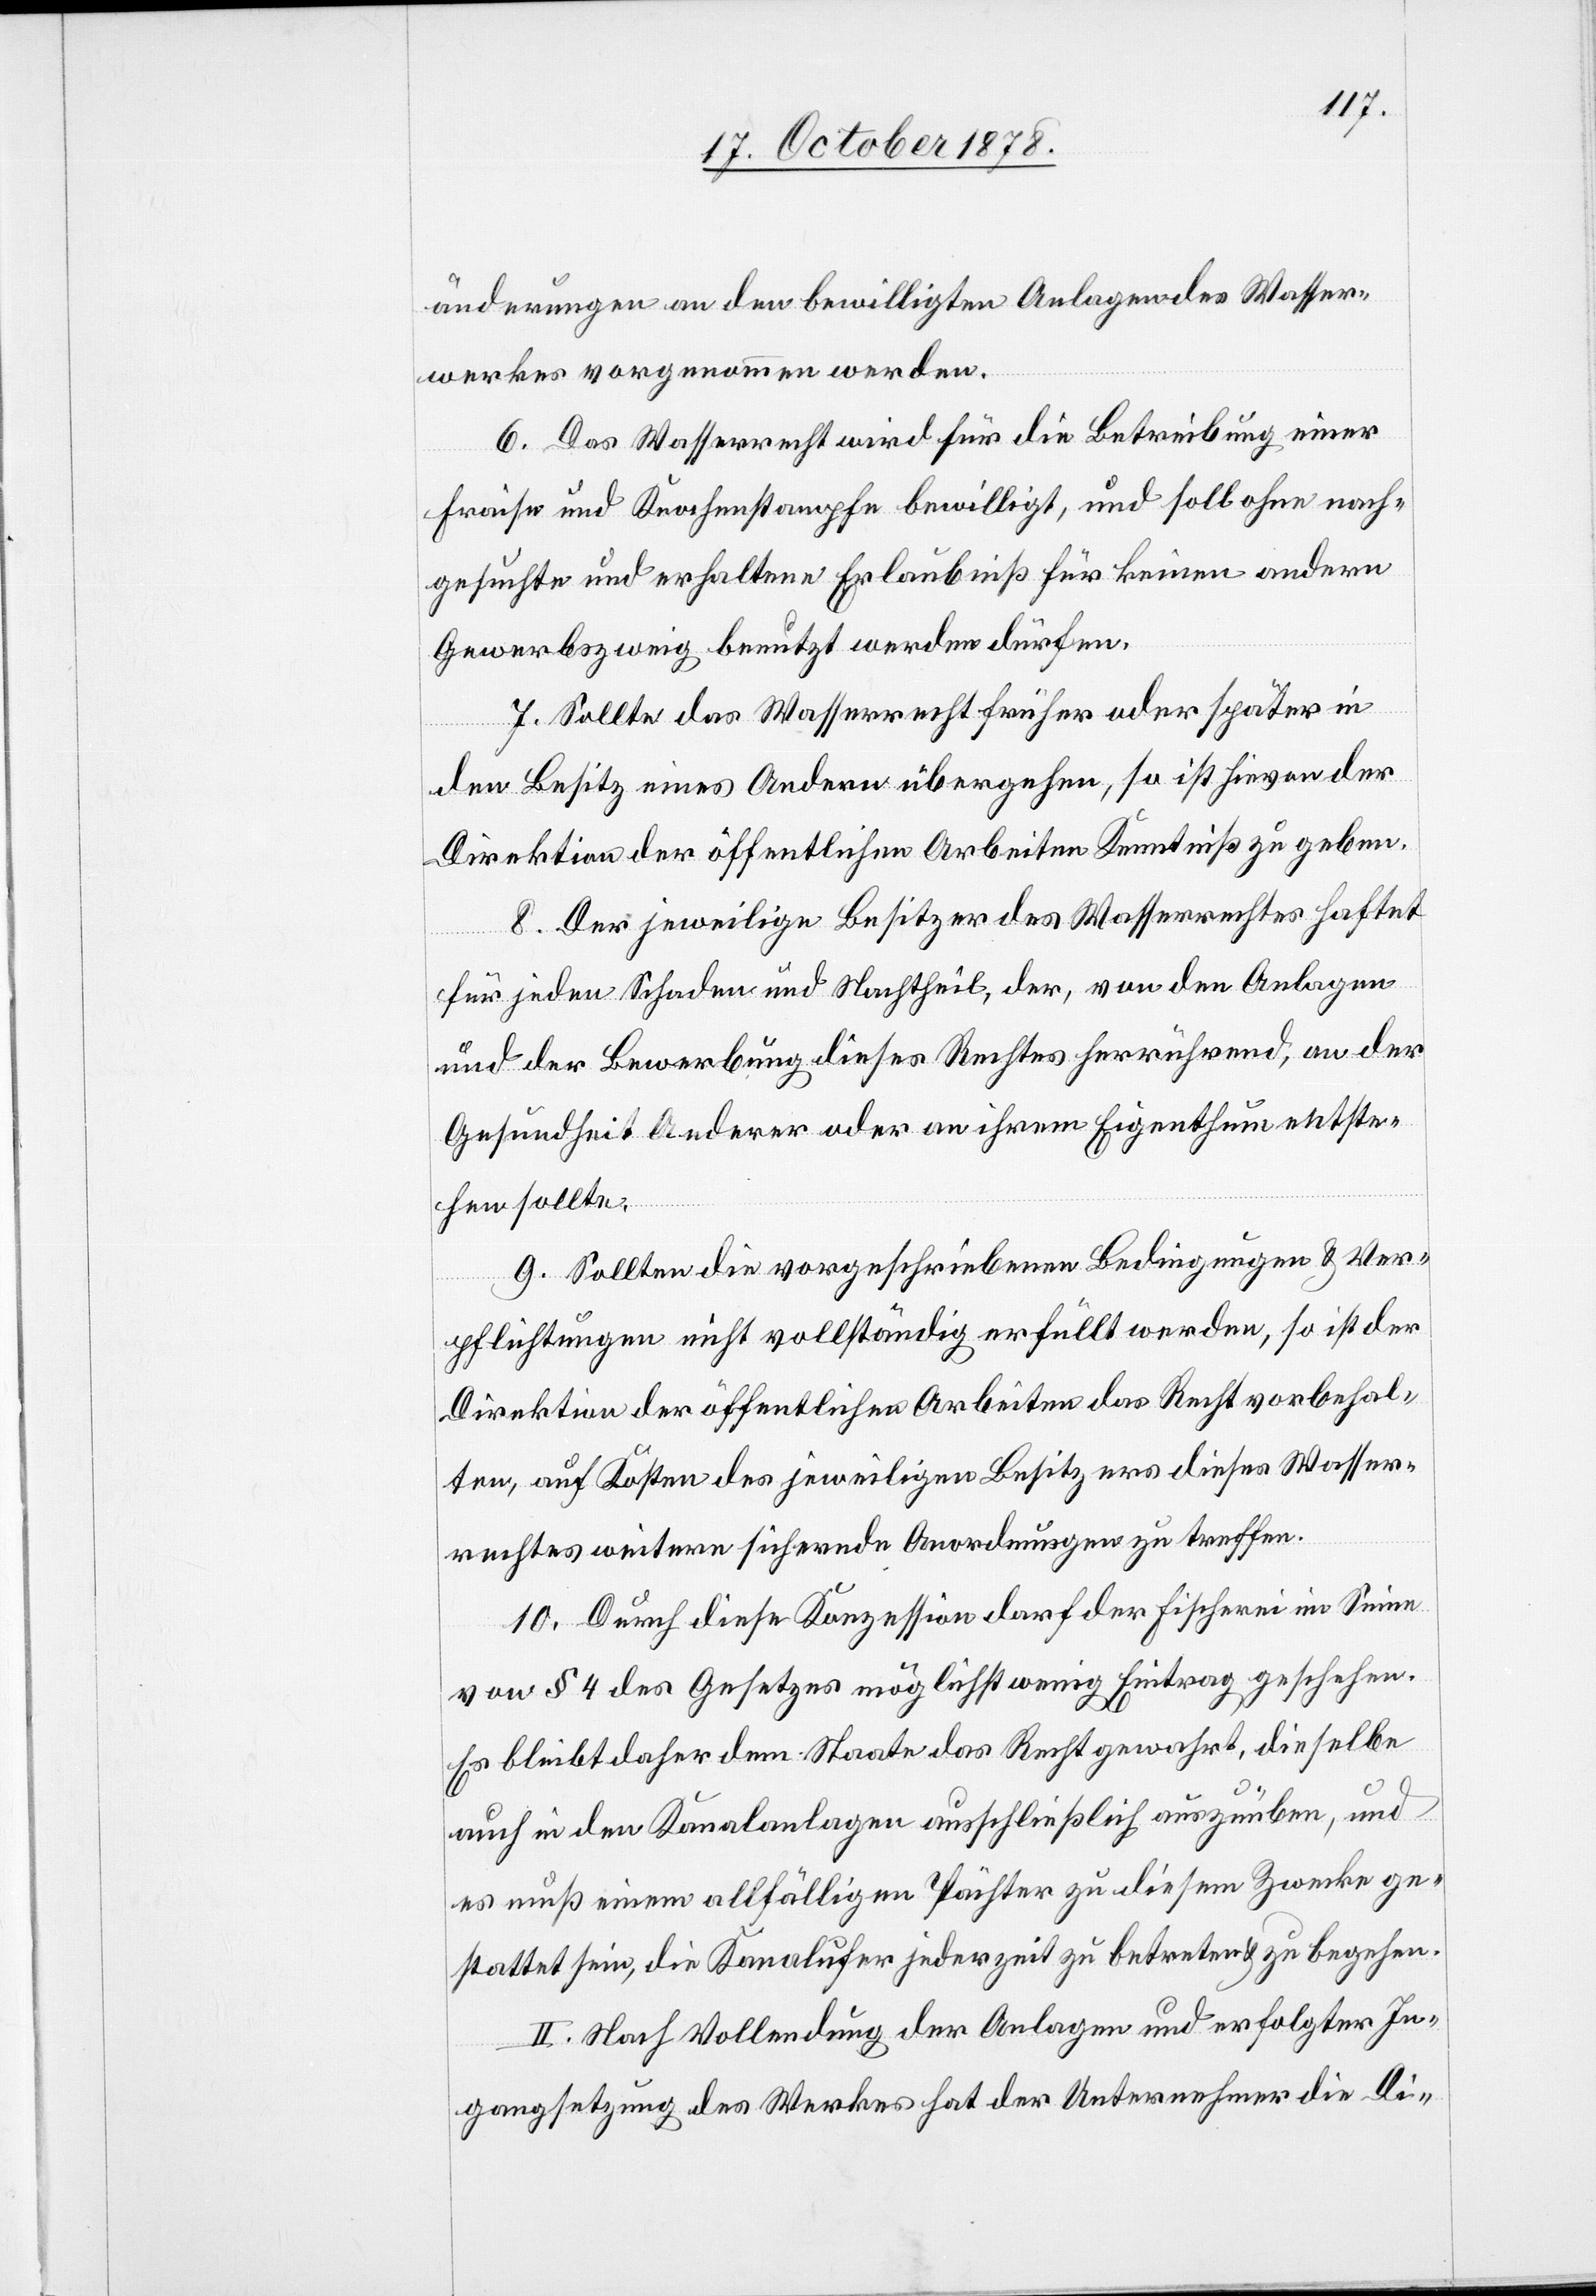
änderungen an den bewilligten Anlagen des Wasser¬
werkes vorgenommen werden.
6. Das Wasserrecht wird für die Betreibung einer
Fräse und Knochenstampfe bewilligt, und soll ohne nach¬
gesuchte und erhaltene Erlaubniß für keinen andern
Gewerbszweig benutzt werden dürfen.
7. Sollte das Wasserrecht früher oder später in
den Besitz eines Andern übergehen, so ist hievon der
Direktion der öffentlichen Arbeiten Kenntniß zu geben.
8. Der jeweilige Besitzer des Wasserechtes haftet
für jeden Schaden und Nachtheil, der, von den Anlagen
und der Bewerbung dieses Rechtes herrührend, an der
Gesundheit Anderer oder an ihrem Eigenthum entste¬
hen sollte.
9. Sollten die vorgeschriebenen Bedingungen & Ver¬
pflichtungen nicht vollständig erfüllt werden, so ist der
Direktion der öffentlichen Arbeiten das Recht vorbehal¬
ten, auf Kosten des jeweiligen Besitzers dieses Wasser¬
rechtes weitere sichernde Anordnungen zu treffen.
10. Durch diese Konzession darf der Fischerei im Sinne
von § 4 des Gesetzes möglichst wenig Eintrag geschehen.
Es bleibt daher dem Staate das Recht gewahrt, dieselbe
auch in den Kanalanlagen ausschließlich auszuüben, und
es muß einem allfälligen Pächter zu diesem Zwecke ge¬
stattet sein, die Kanalufer jederzeit zu betreten & zu begehen.
II. Nach Vollendung der Anlagen und erfolgter In¬
gangsetzung des Werkes hat der Unternehmer die Di-